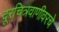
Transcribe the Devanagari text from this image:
दूरचित्रवाणीवरचे